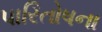
પારિતોષના